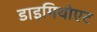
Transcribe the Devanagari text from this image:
डाइमिथोएट